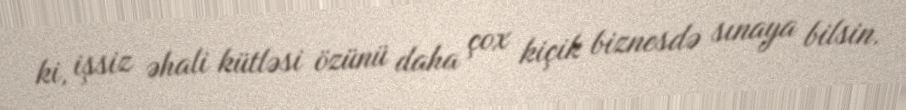
ki, işsiz əhali kütləsi özünü daha çox kiçik biznesdə sınaya bilsin.